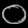
Digit: ၀